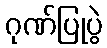
ဂုဏ်ပြုပွဲ